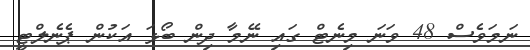
ނަމަވެސް 48 ވަނަ މިނެޓް ގައި ނޭމާ ދިން ބޯޅަ އަކުން ޕެނެލްޓީ